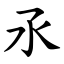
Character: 氶